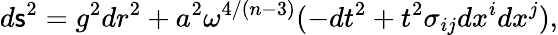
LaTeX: d\mathsf{s}^{2}=g^{2}dr^{2}+a^{2}\omega^{4/(n-3)}(-dt^{2}+t^{2}\sigma_{ij}dx^{i}dx^{j}),